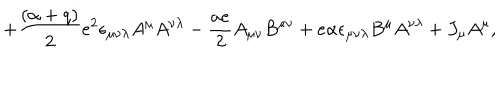
LaTeX: + { \frac { ( \alpha + q ) } { 2 } } e ^ { 2 } \epsilon _ { \mu \nu \lambda } A ^ { \mu } A ^ { \nu \lambda } - { \frac { a e } { 2 } } A _ { \mu \nu } B ^ { \mu \nu } + e \alpha \epsilon _ { \mu \nu \lambda } B ^ { \mu } A ^ { \nu \lambda } + J _ { \mu } A ^ { \mu } ,